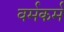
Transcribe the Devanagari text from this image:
वर्मकर्म